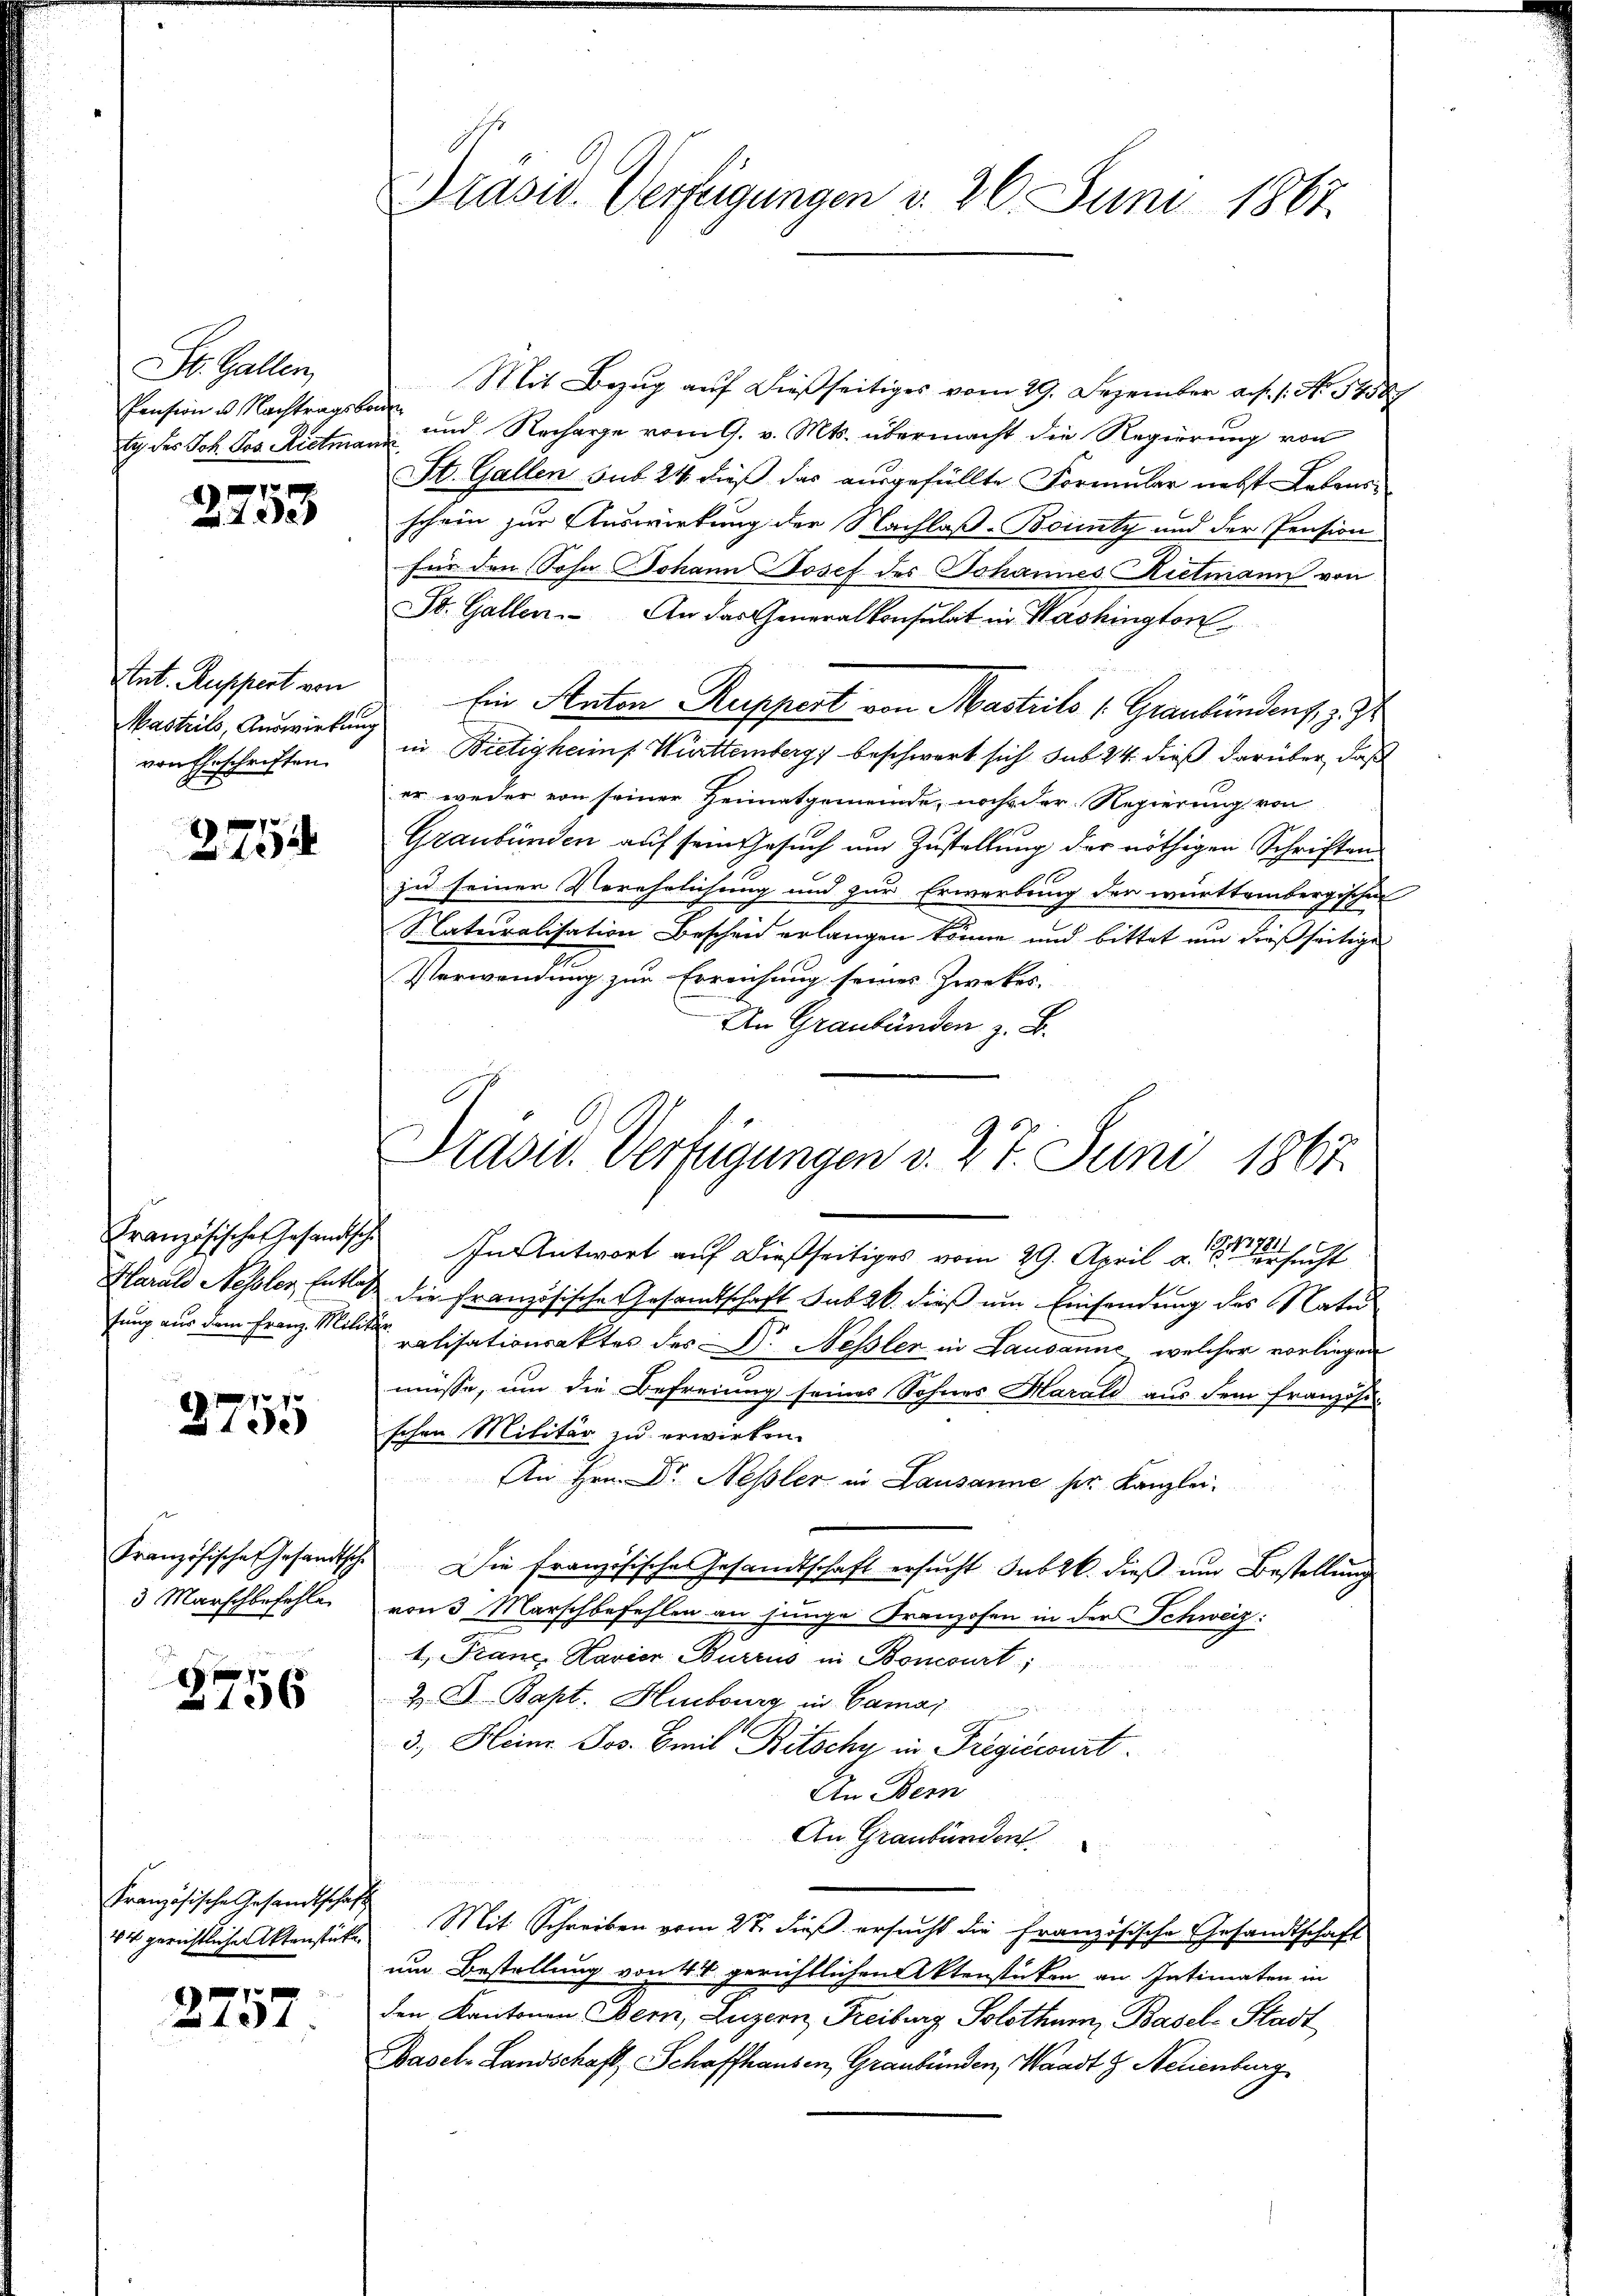
St. Gallen
Pension u. Nachtragsbo
lg des Joh. Jos. Rittman

x
 de

Ant. Ruppert von
Mastils, Auswirkun
von Eheschriften.

2754

Französisches Gesandtsche
Harald Nehsler Entlag
tung aus dem Franz. Milita

2755

Französische Gesandt
3 Marschbefehle

8756

Französische Gesandtschaft
44 gerichtlichen Aktenstücke

17 f 0 x
404

Präsid. Verfügungen v. 26 Juni 1867.

Mit Bezug auf dießseitiges vom 29. Dezember a. f. 1. No. 1458
t
 und Recharge vom 9. v. Mts. übermacht die Regierung von
St. Gallen sub 24 dieß das ausgefüllte Formular nebst Lebensschein zur Auswirkung der Nachlaß-Bounty und der Pension
für den Sohn Johann Josef des Johannes Rietmann von
St. Gallen. An das Generalkonsulat in Washington
Ein Anton Ruppert von Masteils 1. Graubündens. z. Z
in Bietigheims Württemberg beschwert sich sub 24. dieß darüber, daß
er weder von seiner Heimatgemeinde, noch der Regierung von
Graubünden auf sein Gesuch um Zustellung der nöthigen Schriften
zu seiner Verehelichung und zur Erwerbung der württembergischen
Naturalisation Bescheid erlangen könne und bittet um dießseitige
Verwendung zur Erreichung seines Zweckes.
An Graubünden z. B.

Priser. Verfügungen v. 27. Juni 1867.

In Antwort auf dießseitiges vom 29. April d. M. ersucht
die Französische Gesandtschaft sub 26. dieß um Einsendung des Natu
ralisationsaktes des Dr. Nessler in Lausanne, welcher vorliegen
müsse, um die Befreiung seines Sohnes Harald aus dem Französi-
schen Militär zu erwirken.
An Hrn. Dr. Nessler in Lausanne ser Kanzlei.
Die französisches Gesandtschaft ersucht sub 26. dieß und Bestellung
von 3 Marschbefehlen an junge Franzosen in der Schweiz:
4. Franz Marier Burrus in Boncourt;
Z. A. Bapt. Hubourg in Gamaj
u
3. Heinr. Jos. Emil Bitschy in Prégiccourt
An Bern
An Graubünden.
Mit Schreiben vom 27. dieß ersucht die Französische Gesandtschaft
um Bestellung von 14 gerichtlichen Aktenstücken an Intimaten in
den Kantonen Bern, Luzern, Freiburg Solothurn, Basel-Stadt
Basel-Landschaft, Schaffhausen, Graubünden, Waadt & Neuenburg